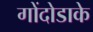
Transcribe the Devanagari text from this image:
गोंदोडाके